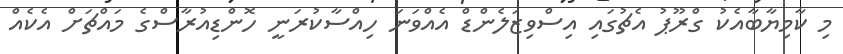
މި ކާމިޔާބާއެކު ގްރޫޕު އެޗުގައި އިސްވިޒަލެންޑް އެއްވަނަ ހިއްސާކުރަނީ ހޮންޑިއުރާސްގެ މައްޗަށް އެކެއް